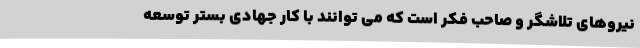
نیروهای تلاشگر و صاحب فکر است که می توانند با کار جهادی بستر توسعه